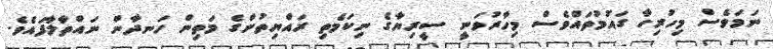
ނަމަވެސް މިހުރިހާ ގައުމުތައްވެސް މިހާރުވަނީ ސީރިޔާގެ ނިކަމެތި ރައްޔިތުންގެ މަތިން ހަނދާން ނައްތާލާފައެވެ.